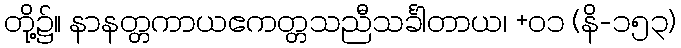
တို့၌။ နာနတ္တကာယဧကတ္တသညီသင်္ခါတာယ၊ +၀၁ (နိ-၁၅၃)